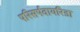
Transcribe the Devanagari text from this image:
परिसर्पवायरिडा